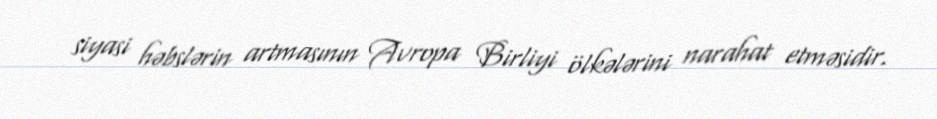
siyasi həbslərin artmasının Avropa Birliyi ölkələrini narahat etməsidir.